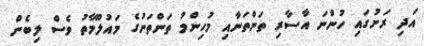
އަދި ރަށުގައި ހުންނަ އާސާރި ތަންތަނާއި މުހިންމު ތަންތަނުގެ މައުލޫމާތު ވެސް ލިބެން